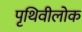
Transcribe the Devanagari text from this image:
पृथिवीलोक